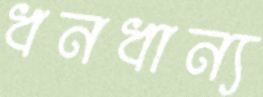
ধনধান্য